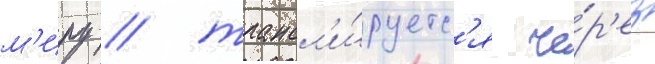
м'иру / трансл'и́руетс'я че́р'ез